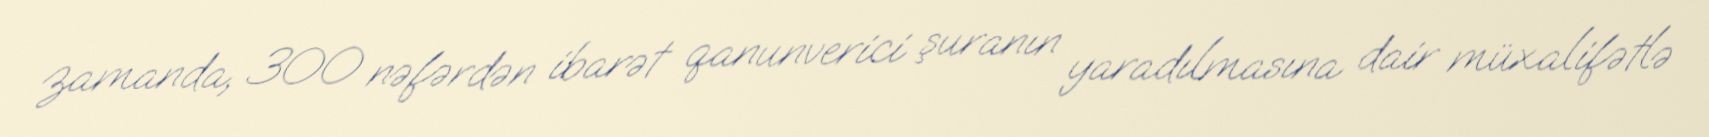
zamanda, 300 nəfərdən ibarət qanunverici şuranın yaradılmasına dair müxalifətlə